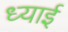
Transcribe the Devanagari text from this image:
ध्याई